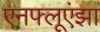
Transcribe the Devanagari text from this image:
एनफ्लूएंझा